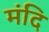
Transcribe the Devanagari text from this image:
मंदि